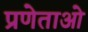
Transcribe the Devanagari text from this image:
प्रणेताओ